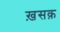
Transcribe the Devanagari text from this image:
ख़सक़